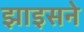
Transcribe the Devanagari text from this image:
झाइसने